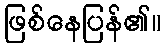
ဖြစ်နေပြန်၏။